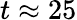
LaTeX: t\approx 25